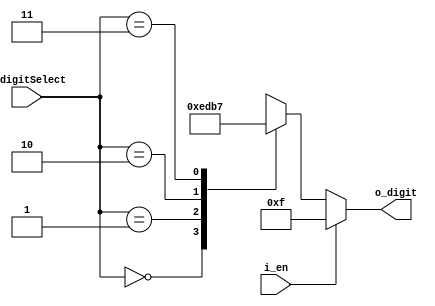
`timescale 1ns / 1ps



module FND_select_Decoder(
    input [1:0] i_digitSelect,
    input i_en,
    output [3:0] o_digit
    );

    reg [3:0] r_digit;

    assign o_digit = r_digit;

    always @(i_digitSelect,i_en) begin  //     
        if (i_en) begin
            r_digit = 4'b1111;
        end
        else begin 
            case (i_digitSelect)
                2'h0 : r_digit = 4'b1110;
                2'h1 : r_digit = 4'b1101;
                2'h2 : r_digit = 4'b1011;
                2'h3 : r_digit = 4'b0111;
                
            endcase    // case  endcase 
        end
        

    end
endmodule